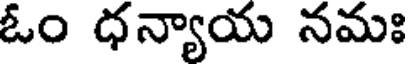
ఓం ధన్యాయ నమః